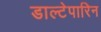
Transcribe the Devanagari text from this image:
डाल्टेपारिन